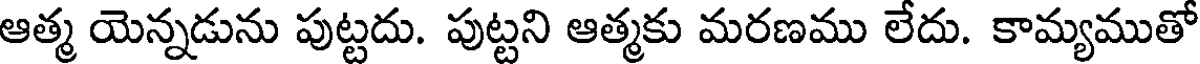
ఆత్మ యెన్నడును పుట్టదు. పుట్టని ఆత్మకు మరణము లేదు. కామ్యముతో